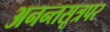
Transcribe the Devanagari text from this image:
अनन्तसूत्रपर